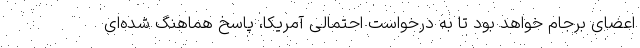
اعضای برجام خواهد بود تا به درخواست احتمالی آمریکا، پاسخ هماهنگ شده‌ای